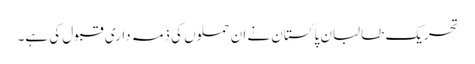
تحریک طالبان پاکستان نے ان حملوں کی ذمہ داری قبول کی ہے۔